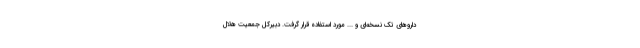
داروهای تک نسخه‌ای و ... مورد استفاده قرار گرفت. دبیرکل جمعیت هلال